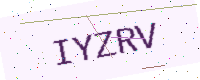
Text: IYZRV